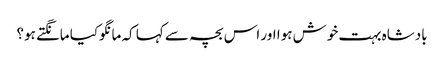
بادشاہ بہت خوش ہوا اور اس بچہ سے کہا کہ مانگوکیا مانگتے ہو؟